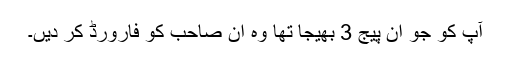
آپ کو جو ان پیج 3 بھیجا تھا وہ ان صاحب کو فارورڈ کر دیں۔